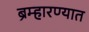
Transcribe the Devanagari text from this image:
ब्रम्हारण्यात